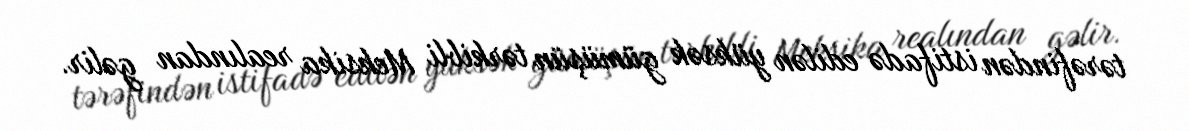
tərəfindən istifadə edilən yüksək gümüşün tərkibli Meksika realından gəlir.